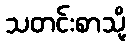
သတင်းစာသို့